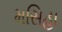
મસિહા